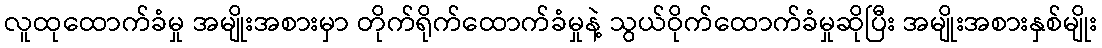
လူထုထောက်ခံမှု အမျိုးအစားမှာ တိုက်ရိုက်ထောက်ခံမှုနဲ့ သွယ်ဝိုက်ထောက်ခံမှုဆိုပြီး အမျိုးအစားနှစ်မျိုး